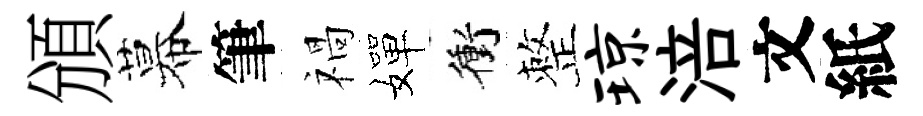
頒幕筆禍嬋衝整琼涪文紙